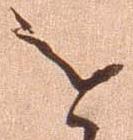
を